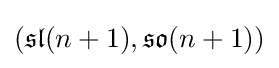
({\mathfrak {sl}}(n+1),{\mathfrak {so}}(n+1))